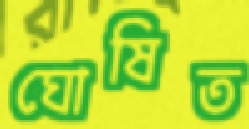
ঘোষিত